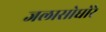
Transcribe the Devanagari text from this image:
जलासोघोरे